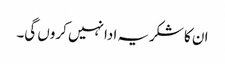
ان کا شکریہ ادا نہیں کروں گی۔